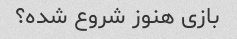
بازی هنوز شروع شده؟